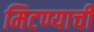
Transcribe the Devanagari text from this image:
मिटण्याची